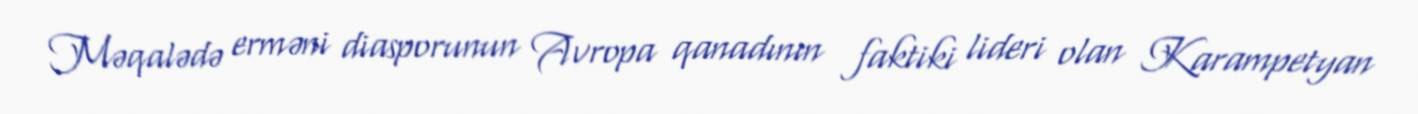
Məqalədə erməni diasporunun Avropa qanadının faktiki lideri olan Karampetyan